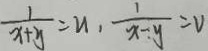
\frac { 1 } { x + y } = u , \frac { 1 } { x - y } = v